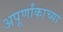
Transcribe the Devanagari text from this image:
अपूर्णांकाच्या